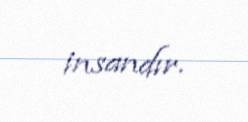
insandır.